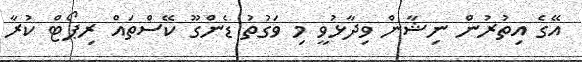
އޭގެ އިތުރުން ނިޝާން ވިދާޅުވީ މި ވަގުތު ޑެންގޫ ކޭސްތައް ރިޕޯޓް ކުރާ